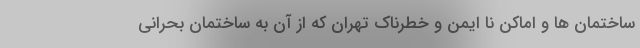
ساختمان ها و اماکن نا ایمن و خطرناک تهران که از آن به ساختمان بحرانی